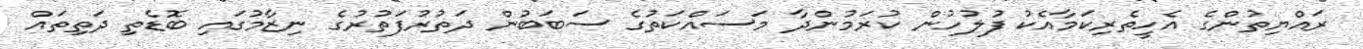
ރައްޔިތުންގެ އެހީތެރިކަމާއެކު ފުލުހުން ކުރަމުންދާ މަސައްކަތުގެ ސަބަބުން ދަތުރުފަތުރުގެ ނިޒާމުގައި ބޮޑެތި ދަތިތައް